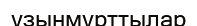
ұзынмұрттылар